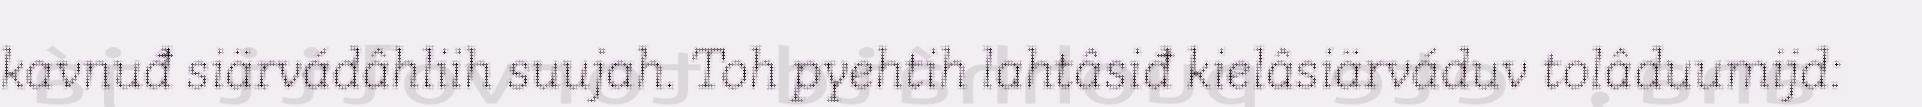
kavnuđ siärvádâhliih suujah. Toh pyehtih lahtâsiđ kielâsiärváduv tolâduumijd: